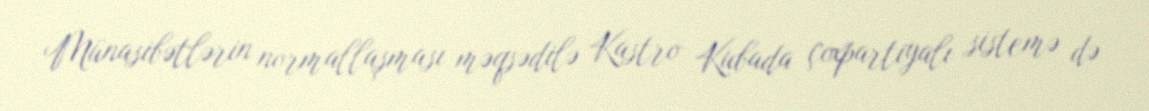
Münasibətlərin normallaşması məqsədilə Kastro Kubada çoxpartiyalı sistemə də